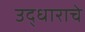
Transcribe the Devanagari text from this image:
उद्धाराचे